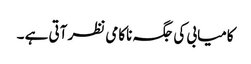
کامیابی کی جگہ ناکامی نظر آتی ہے ۔